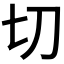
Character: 切